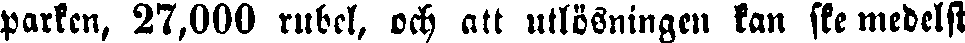
parken, 27,000 rubel, och att utlösningen kan ske medelst